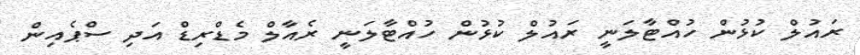
ރައުލް ކުޅުން ހުއްޓާލަނީ ރައުލް ކުޅުން ހުއްޓާލަނީ ރެއާލް މެޑްރިޑް އަދި ސްޕެއިން